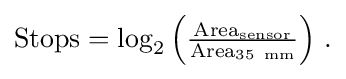
{\textstyle \mathrm {Stops} =\log _{2}\left({\frac {\mathrm {Area_{sensor}} }{\mathrm {Area_{35\ mm}} }}\right)\,.}